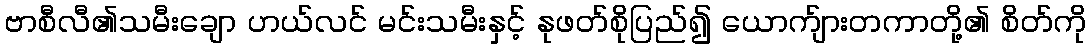
ဗာစီလီ၏သမီးချော ဟယ်လင် မင်းသမီးနှင့် နုဖတ်စိုပြည်၍ ယောက်ျားတကာတို့၏ စိတ်ကို